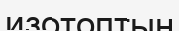
изотоптың